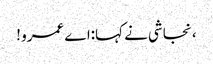
، نجاشی نے کہا:اے عمرو !